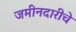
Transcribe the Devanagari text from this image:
जमीनदारीचे